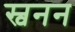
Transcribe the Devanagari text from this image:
स्वनन